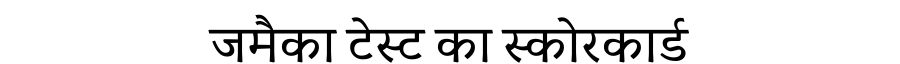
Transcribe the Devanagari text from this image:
जमैका टेस्ट का स्कोरकार्ड